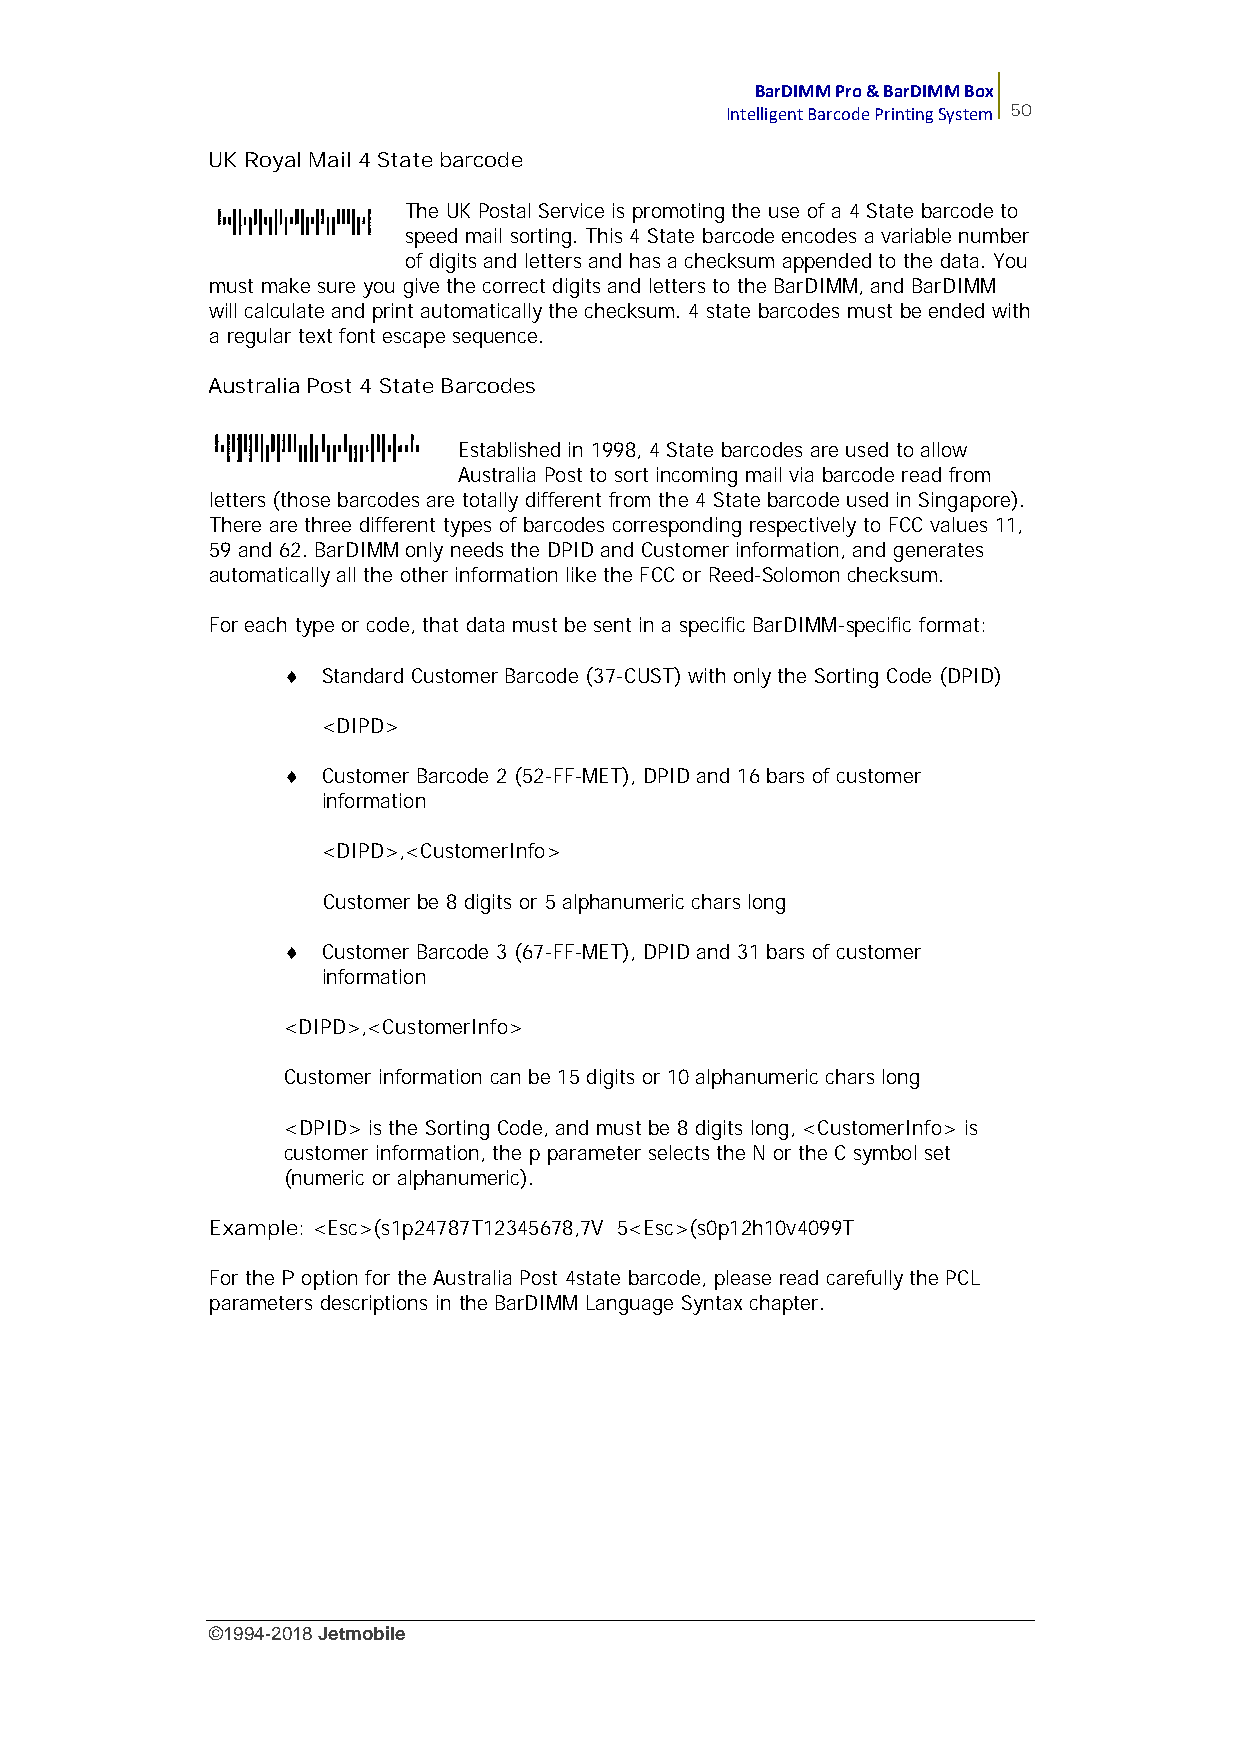
BarDIMM Pro & BarDIMM Box
 Intelligent Barcode Printing System 50
 UK Royal Mail 4 State barcode
 The UK Postal Service is promoting the use of a 4 State barcode to
 speed mail sorting. This 4 State barcode encodes a variable number
 of digits and letters and has a checksum appended to the data. You
 must make sure you give the correct digits and letters to the BarDIMM, and BarDIMM
 will calculate and print automatically the checksum. 4 state barcodes must be ended with
 a regular text font escape sequence.
 Australia Post 4 State Barcodes
 Established in 1998, 4 State barcodes are used to allow
 Australia Post to sort incoming mail via barcode read from
 letters (those barcodes are totally different from the 4 State barcode used in Singapore).
 There are three different types of barcodes corresponding respectively to FCC values 11,
 59 and 62. BarDIMM only needs the DPID and Customer information, and generates
 automatically all the other information like the FCC or Reed-Solomon checksum.
 For each type or code, that data must be sent in a specific BarDIMM-specific format:
  Standard Customer Barcode (37-CUST) with only the Sorting Code (DPID)
 <DIPD>
  Customer Barcode 2 (52-FF-MET), DPID and 16 bars of customer
 information
 <DIPD>,<CustomerInfo>
 Customer be 8 digits or 5 alphanumeric chars long
  Customer Barcode 3 (67-FF-MET), DPID and 31 bars of customer
 information
 <DIPD>,<CustomerInfo>
 Customer information can be 15 digits or 10 alphanumeric chars long
 <DPID> is the Sorting Code, and must be 8 digits long, <CustomerInfo> is
 customer information, the p parameter selects the N or the C symbol set
 (numeric or alphanumeric).
 Example: <Esc>(s1p24787T12345678,7V 5<Esc>(s0p12h10v4099T
 For the P option for the Australia Post 4state barcode, please read carefully the PCL
 parameters descriptions in the BarDIMM Language Syntax chapter.
 ©1994-2018Jetmobile
 E
 r
 r
 o